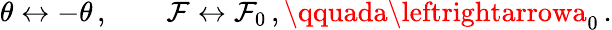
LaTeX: \theta\leftrightarrow-\theta\, ,\qquad\mathcal{F}\leftrightarrow\mathcal{F}_{0}\, ,\qquada\leftrightarrowa_{0}\, .